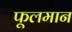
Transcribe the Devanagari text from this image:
फूलमान